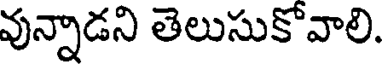
వున్నాడని తెలుసుకోవాలి.